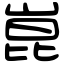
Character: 崑